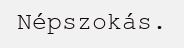
Népszokás.